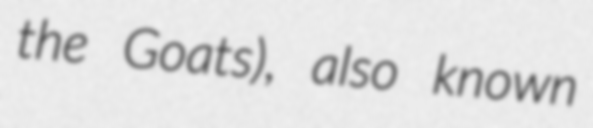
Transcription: the Goats), also known